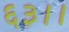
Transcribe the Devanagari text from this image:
६३।।